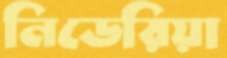
নিডেরিয়া